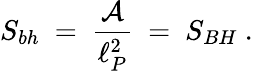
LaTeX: S_{bh}~=~{\frac{\cal A}{\ell_{P}^{2}}}~=~S_{BH}~.